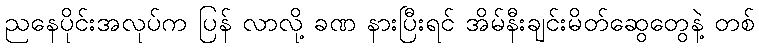
ညနေပိုင်းအလုပ်က ပြန် လာလို့ ခဏ နားပြီးရင် အိမ်နီးချင်းမိတ်ဆွေတွေနဲ့ တစ်